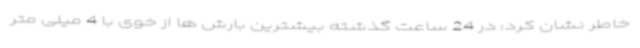
خاطر نشان کرد: در 24 ساعت گذشته بیشترین بارش ها از خوی با 4 میلی متر